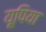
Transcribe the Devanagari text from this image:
यूपिया